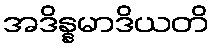
အဒိန္နမာဒိယတိ